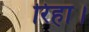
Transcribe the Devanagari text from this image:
रिहा।